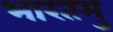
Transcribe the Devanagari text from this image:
भारतमु